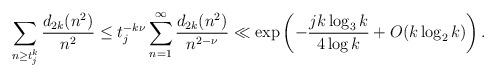
LaTeX: \begin{align*}\sum_{n\geq t_j^{k}} \frac{d_{2k}(n^2)}{n^2} \leq t_j^{-k\nu} \sum_{n=1}^{\infty} \frac{d_{2k}(n^2)}{n^{2-\nu}} \ll \exp\left(-\frac{j k\log_3 k}{4\log k} +O(k\log_2 k)\right).\end{align*}